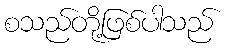
စသည်တို့ဖြစ်ပါသည်